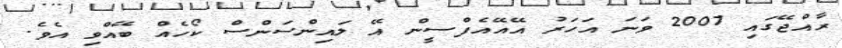
ރާއްޖޭގައި 2007 ވަނަ އަހަރު އޭއޭއެފްސީން އޭ ލައިންސަންސް ކޯހެއް ބޭއްވި އެވެ.